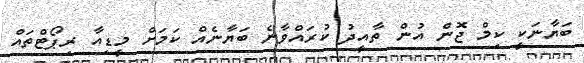
ބަޔާނަކީ ކިމް ޖޮން އުން ތާއީދު ކުރައްވާނެ ބަޔާނެއް ކަމަށް މީޑިއާ ރިޕޯޓްތައް